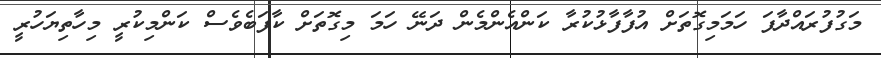
މަގުފުރައްދާފަ ހަމަމިގޮތަށް އުފާފާޅުކުރާ ކަންއެންމެން ދަނޭ ހަމަ މިގޮތަށް ކާފަބެވެސް ކަންމިކުރީ މިހާތިޔަހުރީ